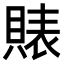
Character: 𧶫